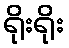
ရိုးရိုး